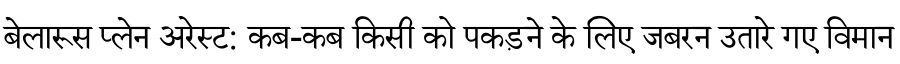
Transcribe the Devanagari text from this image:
बेलारूस प्लेन अरेस्ट: कब-कब किसी को पकड़ने के लिए जबरन उतारे गए विमान